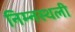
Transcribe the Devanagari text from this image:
निम्नस्थली